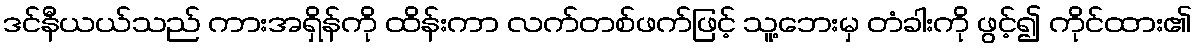
ဒင်နီယယ်သည် ကားအရှိန်ကို ထိန်းကာ လက်တစ်ဖက်ဖြင့် သူ့ဘေးမှ တံခါးကို ဖွင့်၍ ကိုင်ထား၏